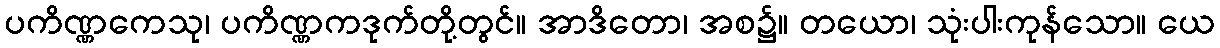
ပကိဏ္ဏကေသု၊ ပကိဏ္ဏကဒုက်တို့တွင်။ အာဒိတော၊ အစ၌။ တယော၊ သုံးပါးကုန်သော။ ယေ